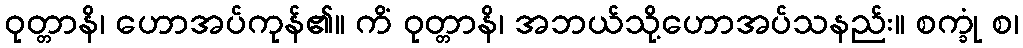
ဝုတ္တာနိ၊ ဟောအပ်ကုန်၏။ ကိံ ဝုတ္တာနိ၊ အဘယ်သို့ဟောအပ်သနည်း။ စက္ခုံ စ၊